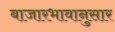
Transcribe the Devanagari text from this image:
बाजारभावानुसार